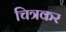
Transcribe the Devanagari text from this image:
चित्रकर